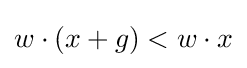
w\cdot (x+g)<w\cdot x